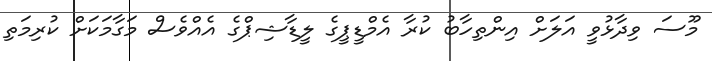
މޫސަ ވިދާޅުވީ އަލަށް އިންތިހާބު ކުރާ އެމްޑީޕީގެ ލީޑާޝިޕްގެ އެއްވެސް މަގާމަކަށް ކުރިމަތި